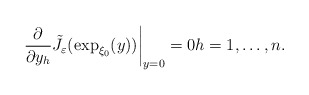
\begin{align*}\left. \frac{\partial}{\partial y_{h}}\tilde{J}_{\varepsilon}(\exp_{\xi_{0}}(y))\right\vert _{y=0}=0h=1,\dots,n.\end{align*}